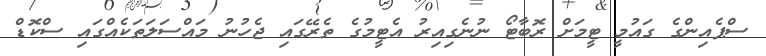
ސްޕެއިންގެ ގައުމީ ޓީމަށް ރޮބާޓޯ ނުނެގިއިރު އެޓީމުގެ ތެރޭގައި ޖެހުނު މައްސަލަތަކެއްގައި ސްކޮޑް